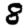
Digit: 8